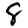
Digit: 8